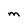
Character: M